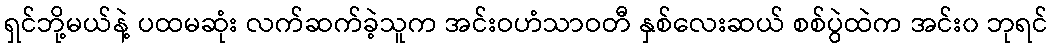
ရှင်ဘို့မယ်နဲ့ ပထမဆုံး လက်ဆက်ခဲ့သူက အင်းဝဟံသာဝတီ နှစ်လေးဆယ် စစ်ပွဲထဲက အင်း၀ ဘုရင်